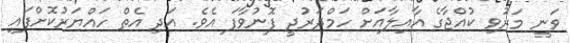
ވަނީ މަރުވި ކުއްޖާގެ އާއިލާއަށް ހަމްދަރުދީ ފޮނުވާފަ އެވެ. އަދި އެތް ހައްޔަރުކޮށްފައި